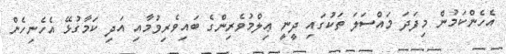
އެހެންކަމުން މިފަދަ މައްސަލަ ތަކުގައި ދީނީ ޢިލްމުވެރިންގެ ބައިވެރިވުމާއި އަދި ކަމާގުޅޭ އެހެނިހެން